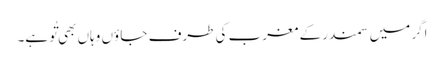
اگر میں سمندر کے مغرب کی طرف جا ؤں وہاں بھی تُو ہے۔